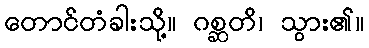
တောင်တံခါးသို့။ ဂစ္ဆတိ၊ သွား၏။